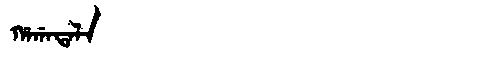
Manchu: ᡥᠠᡤᠠᡨᠠᠯᠠ
Romanization: HAGATALA